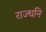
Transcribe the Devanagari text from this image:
राज्धनि